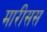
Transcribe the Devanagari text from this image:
मारीसस